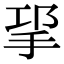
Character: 㧭